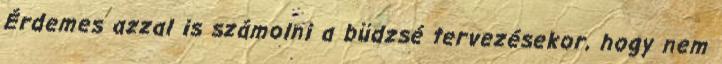
Érdemes azzal is számolni a büdzsé tervezésekor, hogy nem